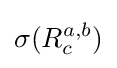
\sigma (R_{c}^{a,b})